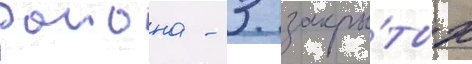
раиона - 3 закры́тых